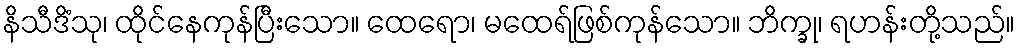
နိသီဒိံသု၊ ထိုင်နေကုန်ပြီးသော။ ထေရော၊ မထေရ်ဖြစ်ကုန်သော။ ဘိက္ခု၊ ရဟန်းတို့သည်။